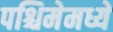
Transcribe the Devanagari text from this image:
पश्चिमेमध्ये